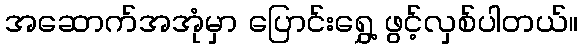
အဆောက်အအုံမှာ ပြောင်းရွှေ့ ဖွင့်လှစ်ပါတယ်။